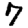
Digit: 7